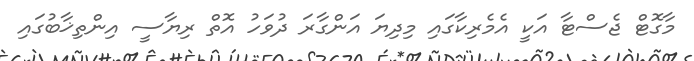
މާގޮޓް ޖެސްޓާ އަކީ އެމެރިކާގައި މިދިޔަ އަންގާރަ ދުވަހު އޮތް ރިޔާސީ އިންތިޚާބުގައި